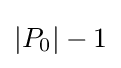
\left|P_{0}\right|-1